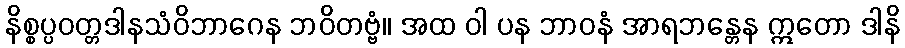
နိစ္စပ္ပဝတ္တဒါနသံဝိဘာဂေန ဘဝိတဗ္ဗံ။ အထ ဝါ ပန ဘာဝနံ အာရဘန္တေန ဣတော ဒါနိ